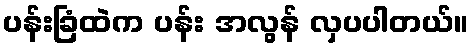
ပန်းခြံထဲက ပန်း အလွန် လှပပါတယ်။